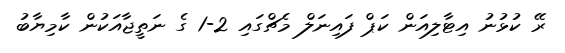
ރޭ ކުޅުނު އިޓާލިއަން ކަޕް ފައިނަލް މެޗްގައި 2-1 ގެ ނަތީޖާއަކުން ކާމިޔާބު